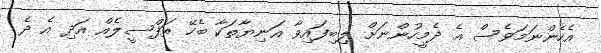
އެހެންނަމަވެސް އެ ދެމީހުންނަށް ލިބިފައިވާ އަނިޔާތަކާ ބެހޭ ތަފްސީލެއް އަދި އެ ދެ